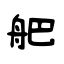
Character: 舥